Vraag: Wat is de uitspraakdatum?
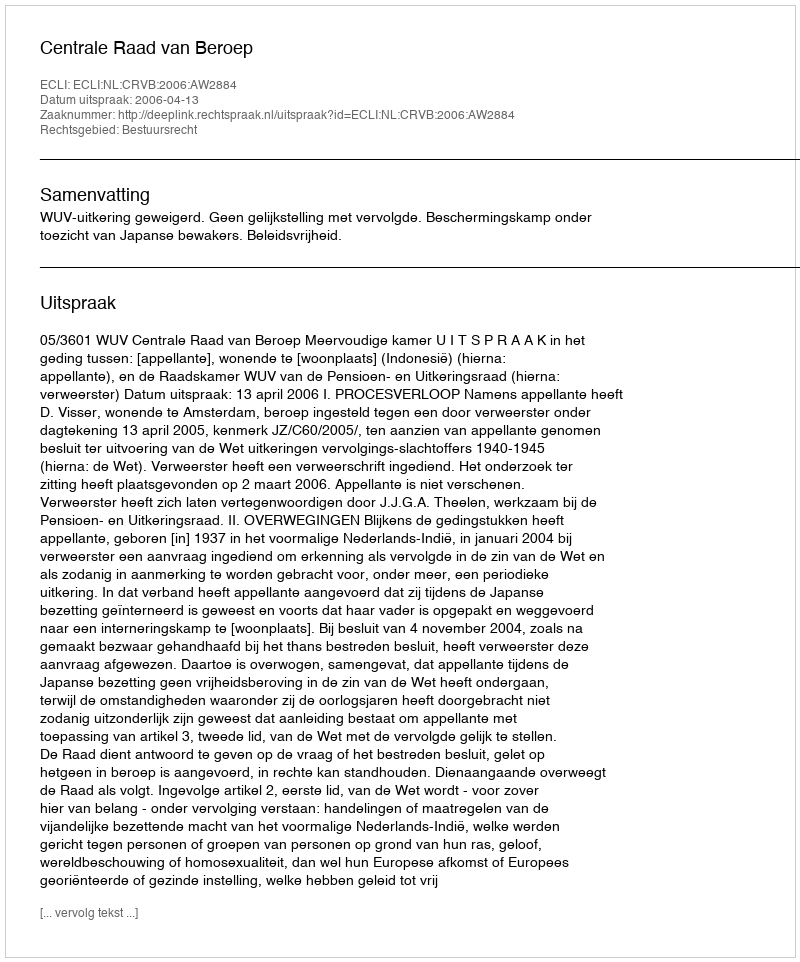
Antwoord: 2006-04-13